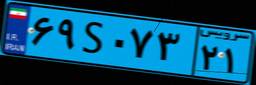
۳۷S۵۱۹۵۷